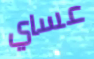
عساي